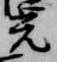
光